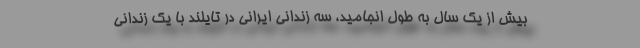
بیش از یک سال به طول انجامید، سه زندانی ایرانی در تایلند با یک زندانی